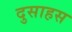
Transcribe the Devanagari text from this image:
दुसाहस